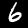
Digit: 6